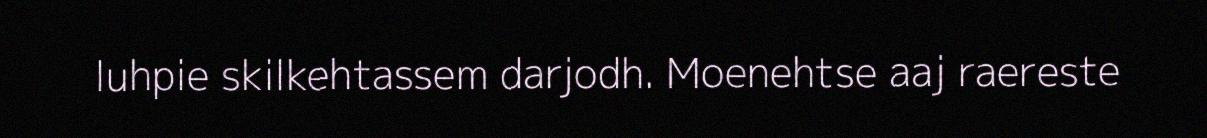
luhpie skilkehtassem darjodh. Moenehtse aaj raereste